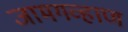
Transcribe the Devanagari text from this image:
जामगव्हाण